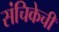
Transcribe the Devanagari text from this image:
संचिकेची